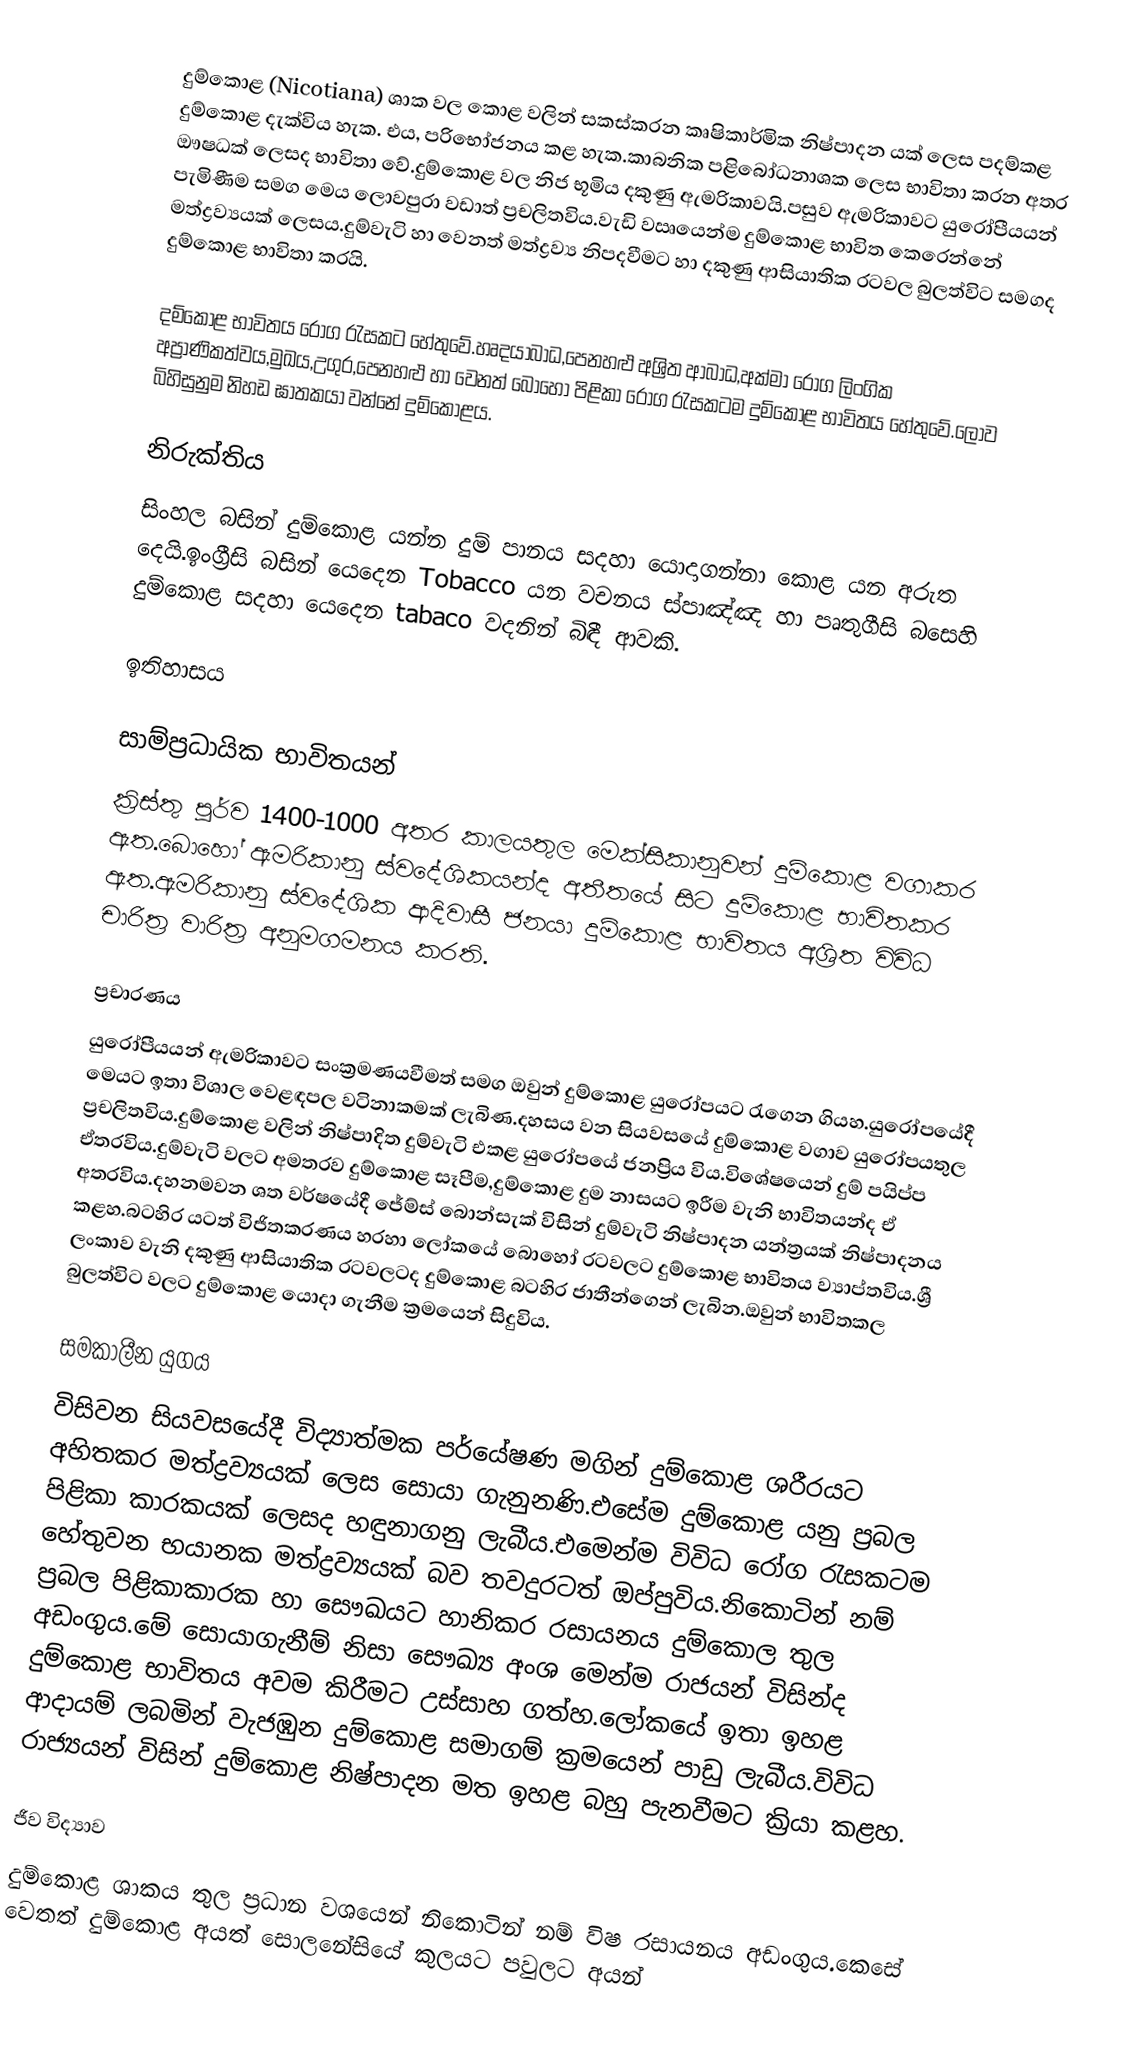
දුම්කොළ (Nicotiana) ශාක වල කොළ වලින් සකස්කරන කෘෂිකාර්මික නිෂ්පාදන යක් ලෙස පදම්කළ දුම්කොළ දැක්විය හැක. එය, පරිභෝජනය කළ හැක.කාබනික පළිබෝධනාශක ලෙස භාවිතා කරන අතර ඖෂධක් ලෙසද භාවිතා වේ.දුම්කොළ වල නිජ භූමිය දකුණු ඇමරිකාවයි.පසුව ඇමරිකාවට යුරෝපීයයන් පැමිණීම සමග මෙය ලොවපුරා වඩාත් ප්‍රචලිතවිය.වැඩි වඍයෙන්ම දුම්කොළ භාවිත කෙරෙන්නේ මත්ද්‍රව්‍යයක් ලෙසය.දුම්වැටි හා වෙනත් මත්ද්‍රව්‍ය නිපදවීමට හා දකුණු ආසියාතික රටවල බුලත්විට සමගද දුම්කොළ භාවිතා කරයි.

දම්කොළ භාවිතය රෝග රැසකට හේතුවේ.හෘදයාබාධ,පෙනහළු අශ්‍රිත ආබාධ,අක්මා රෝග ලිංගික අප්‍රාණිකත්වය,මුඛය,උගුර,පෙනහළු හා වෙනත් බොහෝ පිළිකා රෝග රැසකටම දුම්කොළ භාවිතය හේතුවේ.ලොව බිහිසුනුම නිහඩ ඝාතකයා වන්නේ දුම්කොළය.

නිරුක්තිය
සිංහල බසින් දුම්කොළ යන්න දුම් පානය සදහා යොදාගන්නා කොළ යන අරුත දෙයි.ඉංග්‍රීසි බසින් යෙදෙන Tobacco යන වචනය ස්පාඤ්ඤ හා පෘතුගීසි බසෙහි දුම්කොළ සදහා යෙදෙන tabaco වදනින් බිඳී ආවකි.

ඉතිහාසය

සාම්ප්‍රධායික භාවිතයන්
ක්‍රිස්තු පූර්ව 1400-1000 අතර කාලයතුල මෙක්සිකානුවන් දුම්කොළ වගාකර ඇත.බොහෝ ඇමරිකානු ස්වදේශිකයන්ද අතීතයේ සිට දුම්කොළ භාවිතකර ඇත.ඇමරිකානු ස්වදේශික ආදිවාසී ජනයා දුම්කොළ භාවිතය අශ්‍රිත විවිධ චාරිත්‍ර වාරිත්‍ර අනුමගමනය කරති.

ප්‍රචාරණය
යුරෝපීයයන් ඇමරිකාවට සංක්‍රමණයවීමත් සමග ඔවුන් දුම්කොළ යුරෝපයට රැගෙන ගියහ.යුරෝපයේදී මෙයට ඉතා විශාල වෙළඳපල වටිනාකමක් ලැබිණ.දහසය වන සියවසයේ දුම්කොළ වගාව යුරෝපයතුල ප්‍රචලිතවිය.දුම්කොළ වලින් නිෂ්පාදිත දුම්වැටි එකළ යුරෝපයේ ජනප්‍රිය විය.විශේෂයෙන් දුම් පයිප්ප ඒතරවිය.දුම්වැටි වලට අමතරව දුම්කොළ සෑපීම,දුම්කොළ දුම නාසයට ඉරීම වැනි භාවිතයන්ද ඒ අතරවිය.දහනමවන ශත වර්ෂයේදී ජේම්ස් බොන්සැක් විසින් දුම්වැටි නිෂ්පාදන යන්ත්‍රයක් නිෂ්පාදනය කළහ.බටහිර යටත් විජිතකරණය හරහා ලෝකයේ බොහෝ රටවලට දුම්කොළ භාවිතය ව්‍යාප්තවිය.ශ්‍රී ලංකාව වැනි දකුණු ආසියාතික රටවලටද දුම්කොළ බටහිර ජාතීන්ගෙන් ලැබින.ඔවුන් භාවිතකල බුලත්විට වලට දුම්කොළ යොදා ගැනීම  ක්‍රමයෙන් සිදුවිය.

සමකාලීන යුගය
විසිවන සියවසයේදී විද්‍යාත්මක පර්යේෂණ මගින් දුම්කොළ ශරීරයට අහිතකර මත්ද්‍රව්‍යයක් ලෙස සොයා ගැනුනණි.එසේම දුම්කොළ යනු ප්‍රබල පිළිකා කාරකයක් ලෙසද හඳුනාගනු ලැබීය.එමෙන්ම විවිධ රෝග රැසකටම හේතුවන භයානක මත්ද්‍රව්‍යයක් බව තවදුරටත් ඔප්පුවිය.නිකොටින් නම් ප්‍රබල පිළිකාකාරක හා සෞඛයට හානිකර රසායනය දුම්කොල තුල අඩංගුය.මේ සොයාගැනීම් නිසා සෞඛ්‍ය අංශ මෙන්ම රාජයන් විසින්ද දුම්කොළ භාවිතය අවම කිරීමට උස්සාහ ගත්හ.ලෝකයේ ඉතා ඉහළ ආදායම් ලබමින් වැජඹුන දුම්කොළ සමාගම් ක්‍රමයෙන් පාඩු ලැබීය.විවිධ රාජ්‍යයන් විසින් දුම්කොළ නිෂ්පාදන මත ඉහළ බහු පැනවීමට ක්‍රියා කළහ.

ජීව විද්‍යාව
දුම්කොළ ශාකය තුල ප්‍රධාන වශයෙන් නිකොටින් නම් විෂ රසායනය අඩංගුය.කෙසේ වෙතත් දුම්කොළ අයත් සොලනේසියේ කුලයට පවුලට අයන්